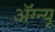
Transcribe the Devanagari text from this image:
अॅग्न्यू